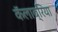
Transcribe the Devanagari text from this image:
कॅलाब्रिया